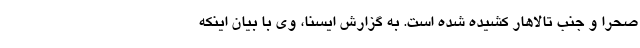
صحرا و جنب تالاهار کشیده شده است. به گزارش ایسنا، وی با بیان اینکه